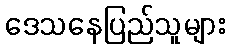
ဒေသနေပြည်သူများ